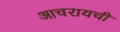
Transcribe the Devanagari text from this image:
आचरायची